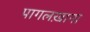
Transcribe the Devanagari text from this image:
पागलख़ाना